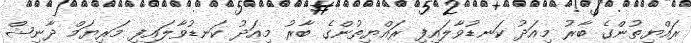
ރައްޔިތުންގެ ބާރު މިއަދު ކަނޑުވާލައިފި ރައްޔިތުންގެ ބާރު މިއަދު ކަނޑުވާލައިފި މަރިޔަމް ދާނިޝް